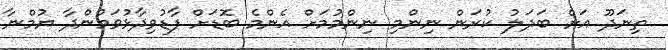
ތިނަދޫ އަށް ބަދަލު ކުރަން ނިންމި ނިންމުމަށް އެންމެ ބޮޑަށް ފާޑުވިދާޅުވަމުންދާ ޔުމްނާ